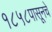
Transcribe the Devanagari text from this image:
१८५८पासूनचे